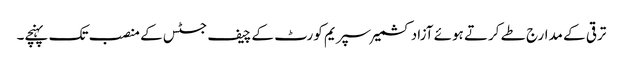
ترقی کے مدارج طے کرتے ہوئے آزادکشمیر سپریم کورٹ کے چیف جسٹس کے منصب تک پہنچے۔